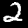
Digit: 2